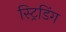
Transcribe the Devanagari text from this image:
स्ट्रिडिंग